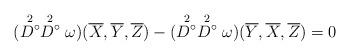
LaTeX: \begin{align*} (\stackrel{2}{D^{\circ}}\stackrel{2}{D^{\circ}}\omega)(\overline{X}, \overline{Y},\overline{Z})-(\stackrel{2}{D^{\circ}}\stackrel{2}{D^{\circ}}\omega)(\overline{Y}, \overline{X},\overline{Z})=0\end{align*}